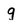
Character: g